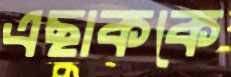
এছাককে